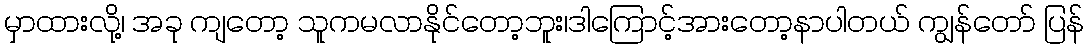
မှာထားလို့၊ အခု ကျတော့ သူကမလာနိုင်တော့ဘူး၊ဒါကြောင့်အားတော့နာပါတယ် ကျွန်တော် ပြန်